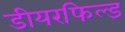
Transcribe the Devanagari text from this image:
डीयरफिल्ड